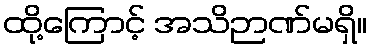
ထို့ကြောင့် အသိဉာဏ်မရှိ။